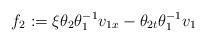
LaTeX: \begin{align*}f_{2}:=\xi\theta_{2}\theta_{1}^{-1}v_{1x}-\theta_{2t}\theta_{1}^{-1}v_{1}\end{align*}